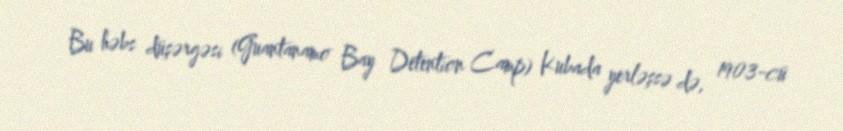
Bu həbs düşərgəsi (Guantanamo Bay Detention Camp) Kubada yerləşsə də, 1903-cü